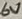
Text: 6V